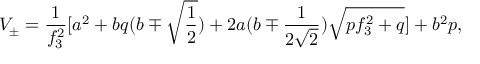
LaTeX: V _ { \pm } = \frac { 1 } { f _ { 3 } ^ { 2 } } \lbrack a ^ { 2 } + b q ( b \mp \sqrt { \frac 1 2 } ) + 2 a ( b \mp \frac { 1 } { 2 \sqrt { 2 } } ) \sqrt { p f _ { 3 } ^ { 2 } + q } \rbrack + b ^ { 2 } p ,